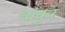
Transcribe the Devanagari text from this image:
वांकुर